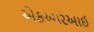
એફઆરઆઈ